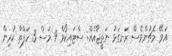
އަވޭ މެޗުންވެސް ރަނގަޅު ނަތީޖާއެއް: ސްޓައިކޯވް 9 މަސް 3 ހަފްތާ ކުރިން